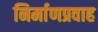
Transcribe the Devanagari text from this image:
निर्माणप्रवाह